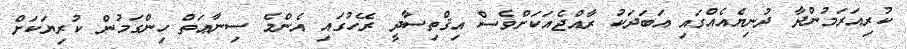
ކުރިއަރަމުންދާ ދުނިޔެއެއްގައި އަބަދަކު ރާއްޖެއަކަށްވެސް އިޤްތިސާދީ ރޭހުގައި އެންމެ ސިނާޢަތް ހިންގަމުން ކުރިޔަކަށް